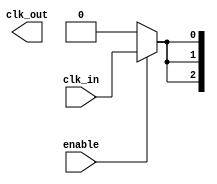
module ClockTreeBuffer (
    input wire clk_in,           // Input clock signal
    input wire enable,           // Enable signal for power management
    output wire [N-1:0] clk_out  // Output clock signals (N outputs)
);
    parameter N = 4;             // Number of output drivers
    parameter STAGES = 3;        // Number of buffer stages
    parameter DELAY = 1;         // Delay per buffer stage (for simulation purposes)

    // Intermediate signals for clock propagation
    wire [STAGES-1:0] clk_stage [N-1:0];

    // Generate multi-stage buffers
    genvar i, j;
    generate
        for (i = 0; i < N; i = i + 1) begin : output_buffer
            // First stage buffer
            assign clk_stage[0][i] = enable ? clk_in : 1'b0;

            for (j = 1; j < STAGES; j = j + 1) begin : buffer_stages
                // Buffer stage implementation (simple inverter for demonstration)
                assign #DELAY clk_stage[j][i] = clk_stage[j-1][i];
            end

            // Final output driver
            assign clk_out[i] = clk_stage[STAGES-1][i];
        end
    endgenerate

endmodule